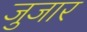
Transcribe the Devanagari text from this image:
जुजार